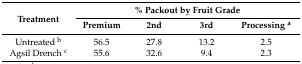
| <ROWSPAN=2> Treatment | <COLSPAN=4> % Packout by Fruit Grade |
 | Premium | 2nd | 3rd | Processing a |
 | --- | --- | --- | --- | --- |
 | Untreated b | 56.5 | 27.8 | 13.2 | 2.5 |
 | Agsil Drench c | 55.6 | 32.6 | 9.4 | 2.3 |